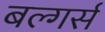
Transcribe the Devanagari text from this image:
बल्गर्स